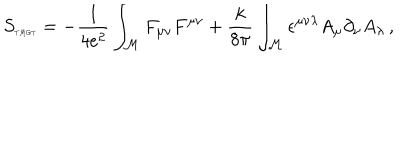
S _ { \tiny T M G T } = - \frac { 1 } { 4 e ^ { 2 } } \int _ { \cal M } F _ { \mu \nu } F ^ { \mu \nu } + \frac { k } { 8 \pi } \int _ { \cal M } \epsilon ^ { \mu \nu \lambda } A _ { \mu } \partial _ { \nu } A _ { \lambda } \, ,